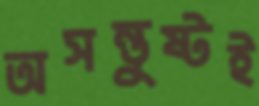
অসন্তুষ্টই